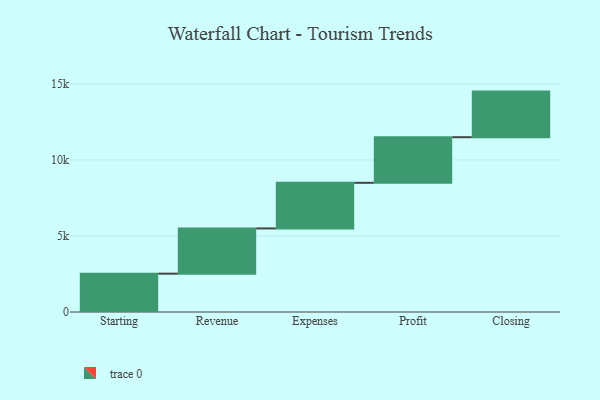
{"axis": {"x": "Step", "y": "Value"}, "legend": [""], "data": [{"x": "Starting", "y": 2521.0, "type": ""}, {"x": "Revenue", "y": 2976.0, "type": ""}, {"x": "Expenses", "y": 3000, "type": ""}, {"x": "Profit", "y": 3000, "type": ""}, {"x": "Closing", "y": 3000, "type": ""}]}